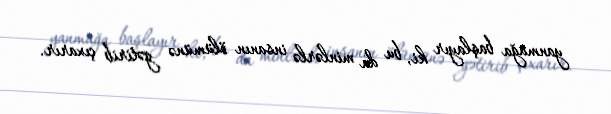
yanmağa başlayır ki, bu da minlərlə insanın ölümünə gətirib çıxarır.